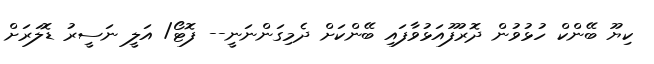
ކިޔޫ ބޭންކް ހުޅުވުން ދޮރުފޫއަޅުވާފައި ބޭންކަށް ދެމިގަންނަނީ-- ފޮޓޯ/ އަލީ ނަސީރު ޑޮލަރަށް